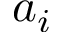
a _ { i }